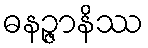
ဓနဉ္ဇာနိဿ